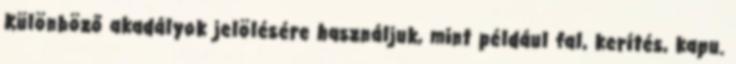
Különböző akadályok jelölésére használjuk, mint például fal, kerítés, kapu.